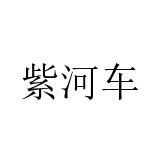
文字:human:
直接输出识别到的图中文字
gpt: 紫河车